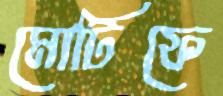
মোটিফে